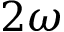
2 \omega